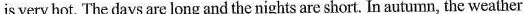
is very hot. The days are long and the nights are short. In autumn, the weather